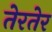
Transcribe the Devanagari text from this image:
तेरतेर